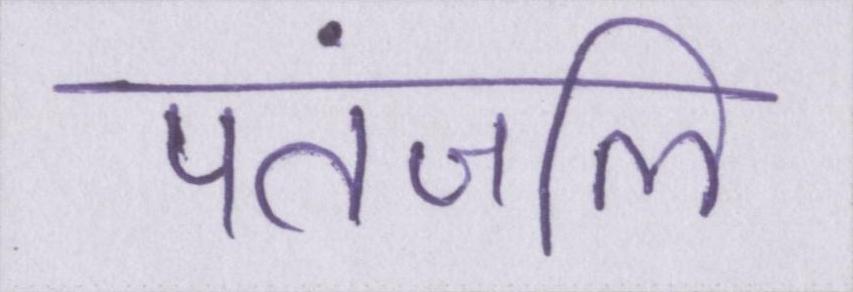
पतंजलि